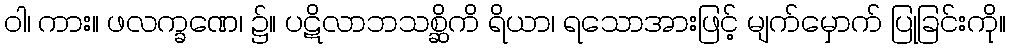
ဝါ၊ ကား။ ဖလက္ခဏေ၊ ၌။ ပဋိလာဘသစ္ဆိကိ ရိယာ၊ ရသောအားဖြင့် မျက်မှောက် ပြုခြင်းကို။